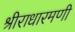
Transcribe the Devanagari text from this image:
श्रीराधारमणी